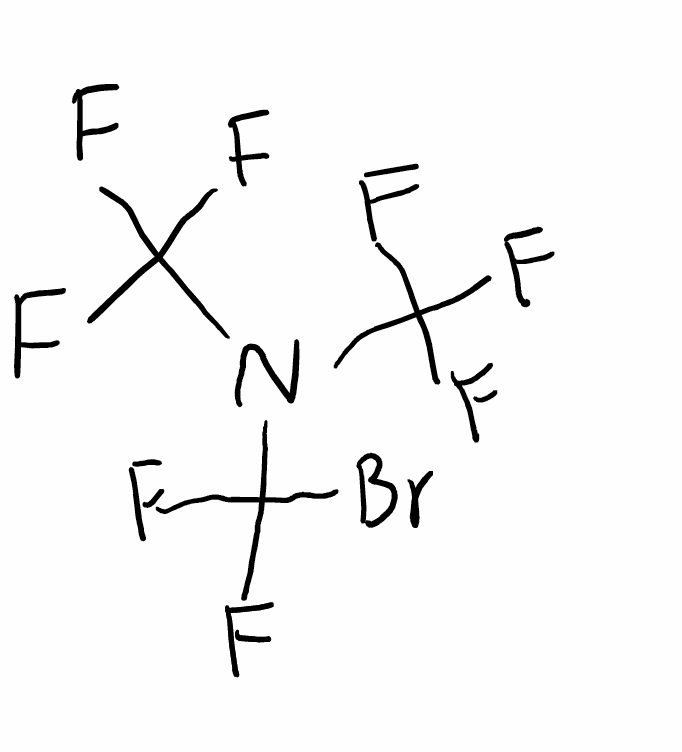
Simplified molecular-input line-entry system (SMILES) notation of the given molecule:
C(N(C(F)(F)F)C(F)(F)Br)(F)(F)F